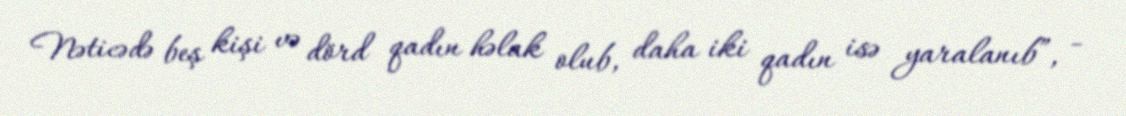
Nəticədə beş kişi və dörd qadın həlak olub, daha iki qadın isə yaralanıb”, -